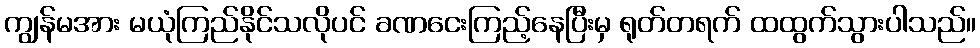
ကျွန်မအား မယုံကြည်နိုင်သလိုပင် ခဏငေးကြည့်နေပြီးမှ ရုတ်တရက် ထထွက်သွားပါသည်။